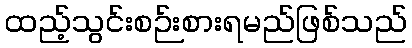
ထည့်သွင်းစဉ်းစားရမည်ဖြစ်သည်